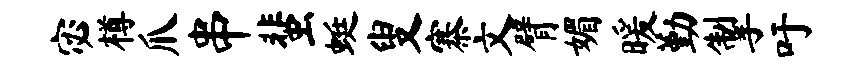
宓樽爪串蜚蜓叟寨文臂媚暖勤掣吁